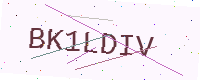
Text: BK1LDIV